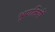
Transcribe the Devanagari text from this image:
भूपातियों